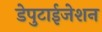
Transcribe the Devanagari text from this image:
डेपुटाईजेशन